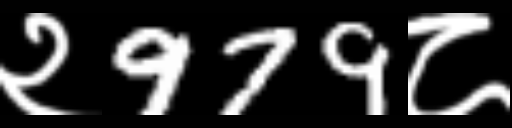
Text: २979८